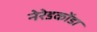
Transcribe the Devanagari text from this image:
नेरेडकोंडा